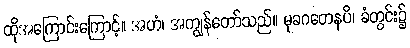
ထိုအကြောင်းကြောင့်။ အဟံ၊ အကျွန်တော်သည်။ မုခဂတေနပိ၊ ခံတွင်း၌